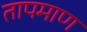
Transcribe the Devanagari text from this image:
तापमाण